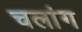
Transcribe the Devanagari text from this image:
चलांग